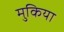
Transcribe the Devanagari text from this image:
मुकिया